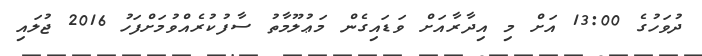
ދުވަހުގެ 13:00 އަށް މި އިދާރާއަށް ވަޑައިގެން މަޢުލޫމާތު ސާފުކުރެއްވުމަށްފަހު 2016 ޖުލައި